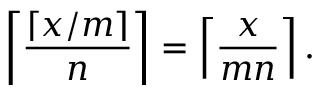
\left\lceil { \frac { \lceil x / m \rceil } { n } } \right\rceil = \left\lceil { \frac { x } { m n } } \right\rceil .